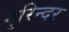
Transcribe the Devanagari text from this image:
गुरिन्दर